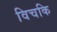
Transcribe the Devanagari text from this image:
विचकि